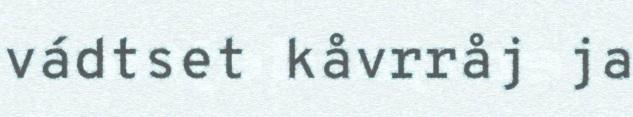
vádtset kåvrråj ja